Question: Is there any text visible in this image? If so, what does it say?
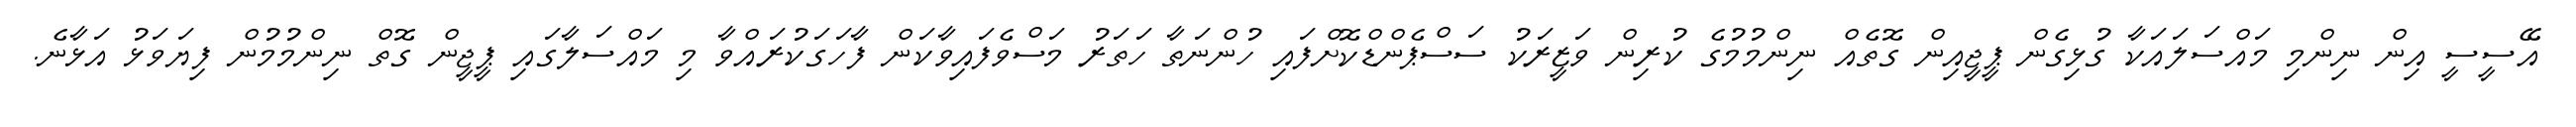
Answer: އޭސީސީ އިން ނިންމި މައްސަލައަކާ ގުޅިގެން ޕީޖީއިން ގޮތެއް ނިންމުމުގެ ކުރިން ވަޒީރަކު ސަސްޕެންޑްކޮށްފައި ހުންނަތާ ހަތަރު މަސްވެފައިވާކަން ފާހަގަކުރައްވާ މި މައްސަލާގައި ޕީޖީން ގޮތް ނިންމުމުން ފިޔަވަޅު އަޅާނެ.